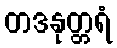
တဒနုတ္တရံ